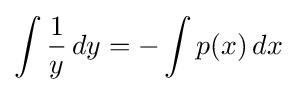
\int {\frac {1}{y}}\,dy=-\int p(x)\,dx